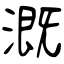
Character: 溉